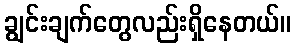
ချွင်းချက်တွေလည်းရှိနေတယ်။